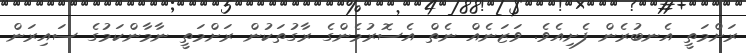
ރަށްމަތީ އެނބުރެން ފެށިއެވެ. ވަޒަނެއް ނެތް އެސޮރުމެންގެ ރާގުތަކުން ރަށްމަތީ ނާމާންކަމުގެ ސައިރަން